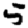
Digit: 5